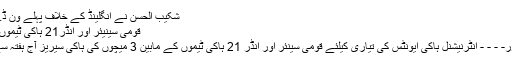
شکیب الحسن نے انگلینڈ کے خلاف پہلے ون ڈے میں یہ...	مزید پڑھئے
قومی سینیئر اور انڈر21 ہاکی ٹیموںکی سیریز آج شروع ہوگی
07 اکتوبر ، 2016	لاہور- - - - انٹرنیشنل ہاکی ایونٹس کی تیاری کیلئے قومی سینئر اور انڈر 21 ہاکی ٹیموں کے مابین 3 میچوں کی ہاکی سیریز آج ہفتہ سے لاہور میں شروع ہوگی۔